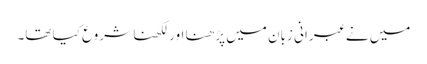
میں نے عبرانی زبان میں پڑھنا اور لکھنا شروع کیا تھا۔